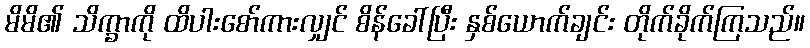
မိမိ၏ သိက္ခာကို ထိပါးစော်ကားလျှင် စိန်ခေါ်ပြီး နှစ်ယောက်ချင်း တိုက်ခိုက်ကြသည်။